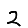
Digit: 2